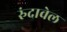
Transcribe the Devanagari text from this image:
रुंदावेल